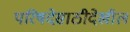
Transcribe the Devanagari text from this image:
परिषदेसाठीदेखील